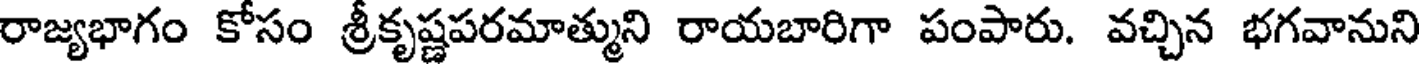
రాజ్యభాగం కోసం శ్రీకృష్ణపరమాత్ముని రాయబారిగా పంపారు. వచ్చిన భగవానుని